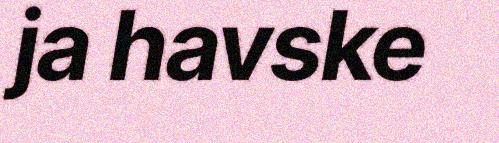
ja havske